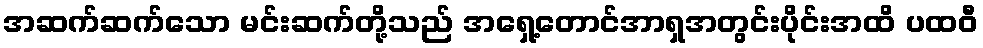
အဆက်ဆက်သော မင်းဆက်တို့သည် အရှေ့တောင်အာရှအတွင်းပိုင်းအထိ ပထဝီ